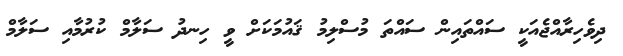
ދިވެހިރާއްޖެއަކީ ސައްތައިން ސައްތަ މުސްލިމު ޤައުމަކަށް ވީ ހިނދު ސަލާމް ކުރުމާއި ސަލާމް